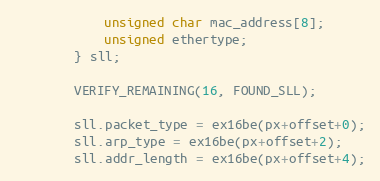
Language: C
            unsigned char mac_address[8];
            unsigned ethertype;
        } sll;

        VERIFY_REMAINING(16, FOUND_SLL);

        sll.packet_type = ex16be(px+offset+0);
        sll.arp_type = ex16be(px+offset+2);
        sll.addr_length = ex16be(px+offset+4);